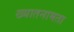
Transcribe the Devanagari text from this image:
ख्यातनामता